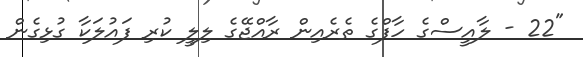
"22 - ލާއީސްގެ ހާފްގެ ތެރެއިން ރާއްޖޭގެ ލިލީ ކުރި ފައުލަކާ ގުޅިގެން